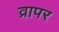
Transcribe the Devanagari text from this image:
व्रापर